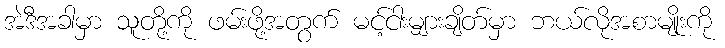
အဲဒီအခါမှာ သူတို့ကို ဖမ်းဖို့အတွက် မင့်ငါးမျှားချိတ်မှာ ဘယ်လိုအစာမျိုးကို